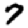
Digit: 7